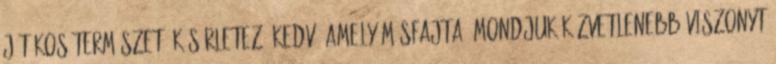
játékos természetű kísérletező kedv, amely másfajta, mondjuk közvetlenebb viszonyt